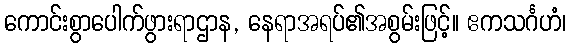
ကောင်းစွာပေါက်ဖွားရာဌာန, နေရာအရပ်၏အစွမ်းဖြင့်။ ဧကသင်္ဂဟံ၊